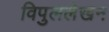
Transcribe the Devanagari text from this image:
विपुललेखन